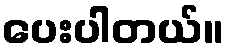
ပေးပါတယ်။